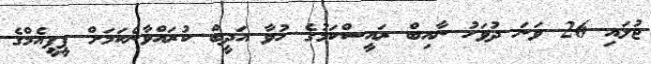
ޖުލައި 26 ވަނަ ދުވަހު ނާއިބް ރައީސްކަމުގެ ހުވާ އަދީބް ކުރައްވާނެކަމަށް ޕީޕީއެމްގެ